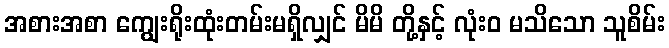
အစားအစာ ကျွေးရိုးထုံးတမ်းမရှိလျှင် မိမိ တို့နှင့် လုံးဝ မသိသော သူစိမ်း